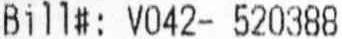
BILL#: V042- 520388